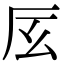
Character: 㕄